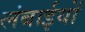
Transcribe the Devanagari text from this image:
लंबाईयों